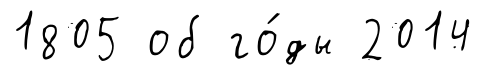
1805 об го́ды 2014